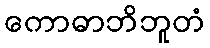
ကောဓာဘိဘူတံ